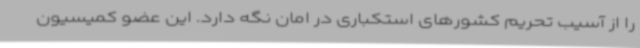
را از آسیب تحریم کشورهای استکباری در امان نگه دارد. این عضو کمیسیون